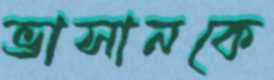
ভাসানকে